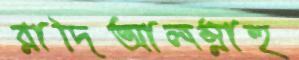
রাদিআলস্নাহু